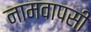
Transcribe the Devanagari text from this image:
नामवापसी